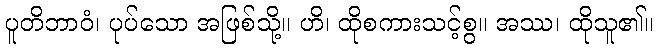
ပူတိဘာဝံ၊ ပုပ်သော အဖြစ်သို့။ ဟိ၊ ထိုစကားသင့်စွ။ အဿ၊ ထိုသူ၏။